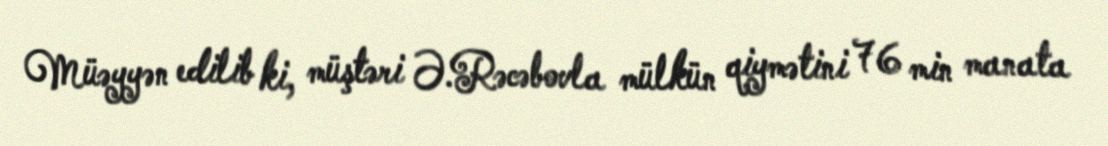
Müəyyən edilib ki, müştəri Ə.Rəcəbovla mülkün qiymətini 76 min manata